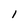
Character: 1